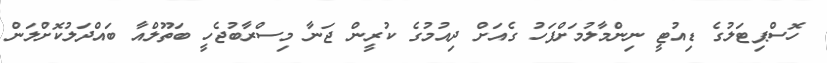
ހޮސްޕިޓަލުގެ ޑިއުޓީ ނިންމާލުމަށްފަހު ގެއަށް ދިއުމުގެ ކުރީން ޖަނާ މިސްރާބުޖެހީ ބަތޫލްއާ ބައްދަލުކޮށްލަން